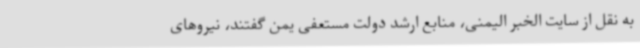
به نقل از سایت الخبر الیمنی، منابع ارشد دولت مستعفی یمن گفتند، نیروهای